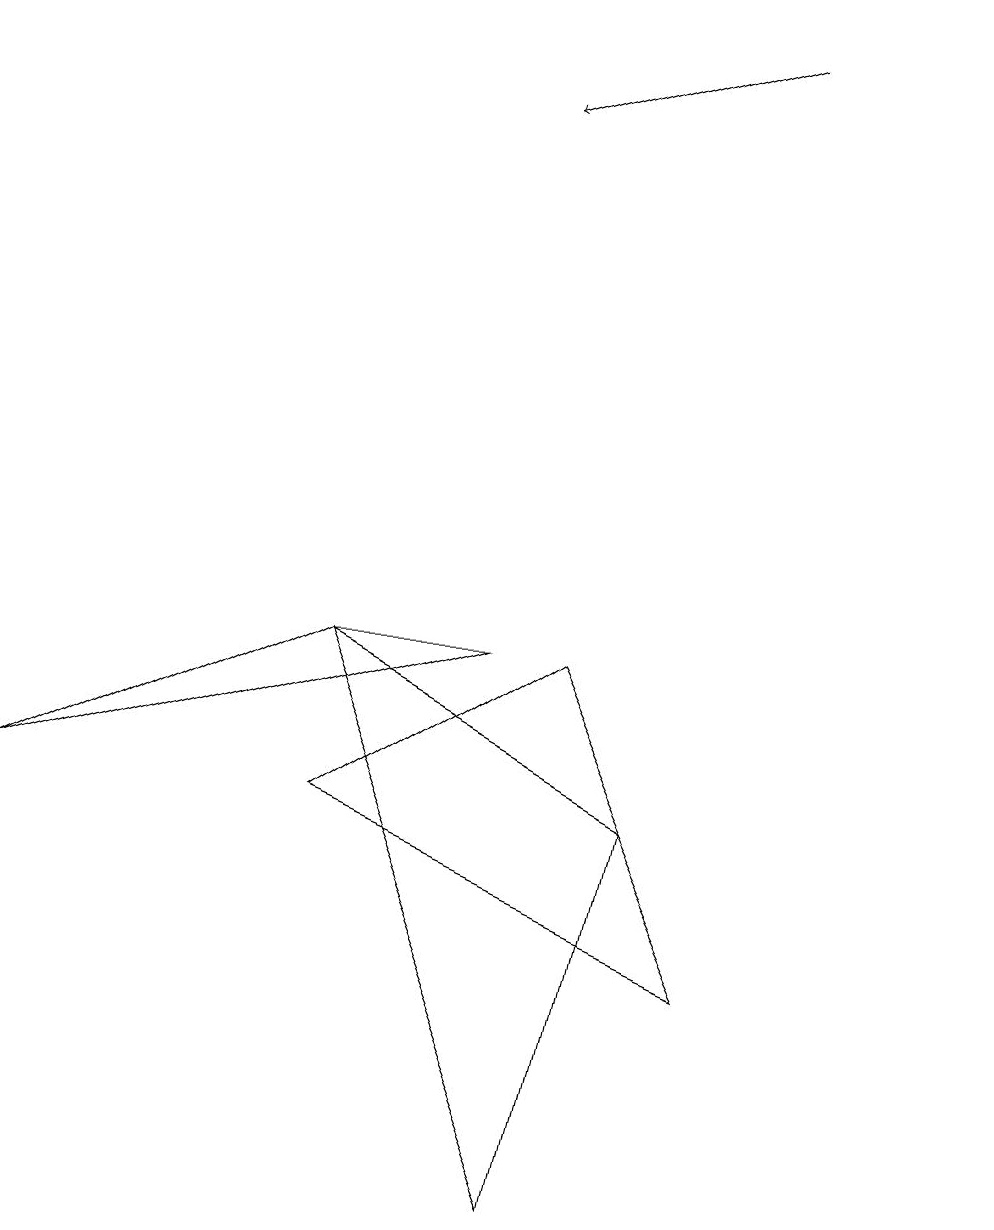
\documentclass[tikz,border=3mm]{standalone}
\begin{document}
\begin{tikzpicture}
\draw (4,9) -- (8,7) -- (7,2) -- cycle;
\draw (4,7) -- (7,9) -- (9,5) -- cycle;
\draw (4,9) -- (6,9) -- (0,7) -- cycle;
\draw[->] (9,17) -- (6,16);
\draw (12,10) circle (0);
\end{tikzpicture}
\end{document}